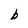
Character: b